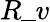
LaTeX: R\_ v